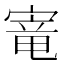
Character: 𫳭